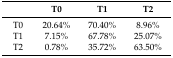
<table><thead><tr><td>[EMPTY_CELL]</td><td><b>T0</b></td><td><b>T1</b></td><td><b>T2</b></td></tr></thead><tbody><tr><td>T0</td><td>20.64%</td><td>70.40%</td><td>8.96%</td></tr><tr><td>T1</td><td>7.15%</td><td>67.78%</td><td>25.07%</td></tr><tr><td>T2</td><td>0.78%</td><td>35.72%</td><td>63.50%</td></tr></tbody></table>